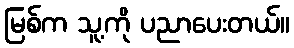
မြစ်က သူ့ကို ပညာပေးတယ်။